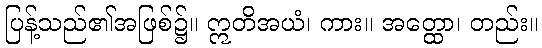
ပြန့်သည်၏အဖြစ်၌။ ဣတိအယံ၊ ကား။ အတ္ထော၊ တည်း။